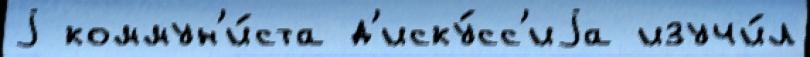
j коммун'и́ста д'иску́сс'иjа изучи́л